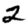
Digit: 2